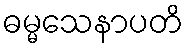
ဓမ္မသေနာပတိ